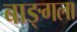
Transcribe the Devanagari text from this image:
बाङ्गला